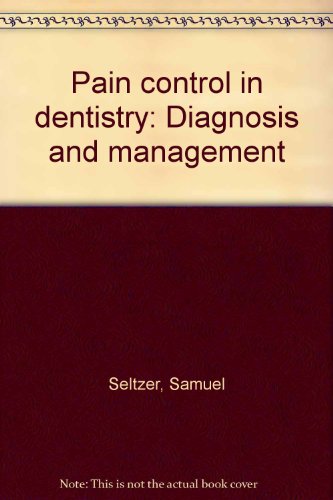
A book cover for Pain control in dentistry: Diagnosis and management; Samuel Seltzer; Medical Books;